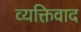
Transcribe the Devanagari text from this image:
व्‍यक्तिवाद